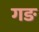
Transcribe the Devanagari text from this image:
गङ